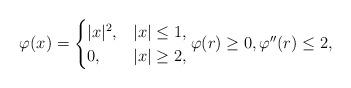
LaTeX: \begin{align*}\varphi(x) =\begin{cases}|x|^2, & |x| \le 1, \\0, & |x| \ge 2,\end{cases} \varphi (r) \ge 0 , \varphi''(r) \le 2,\end{align*}